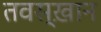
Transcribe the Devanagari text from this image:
तवस्ख़ान